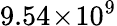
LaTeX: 9.54\! \times\! 10^{9}